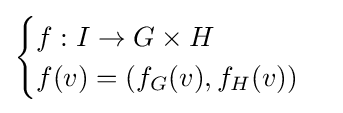
{\begin{cases}f:I\to G\times H\\f(v)=\left(f_{G}(v),f_{H}(v)\right)\end{cases}}